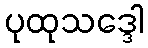
ပုထုသဒ္ဒေါ